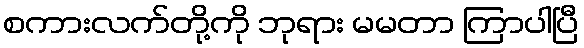
စကားလက်တို့ကို ဘုရား မမတာ ကြာပါပြီ